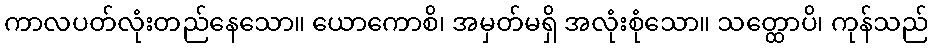
ကာလပတ်လုံးတည်နေသော။ ယောကောစိ၊ အမှတ်မရှိ အလုံးစုံသော။ သတ္ထောပိ၊ ကုန်သည်